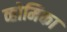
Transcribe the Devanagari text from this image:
व्होमिका